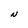
Character: N